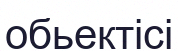
обьектісі